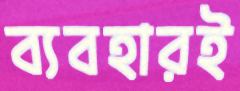
ব্যবহারই